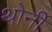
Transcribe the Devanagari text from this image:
थोर्नी